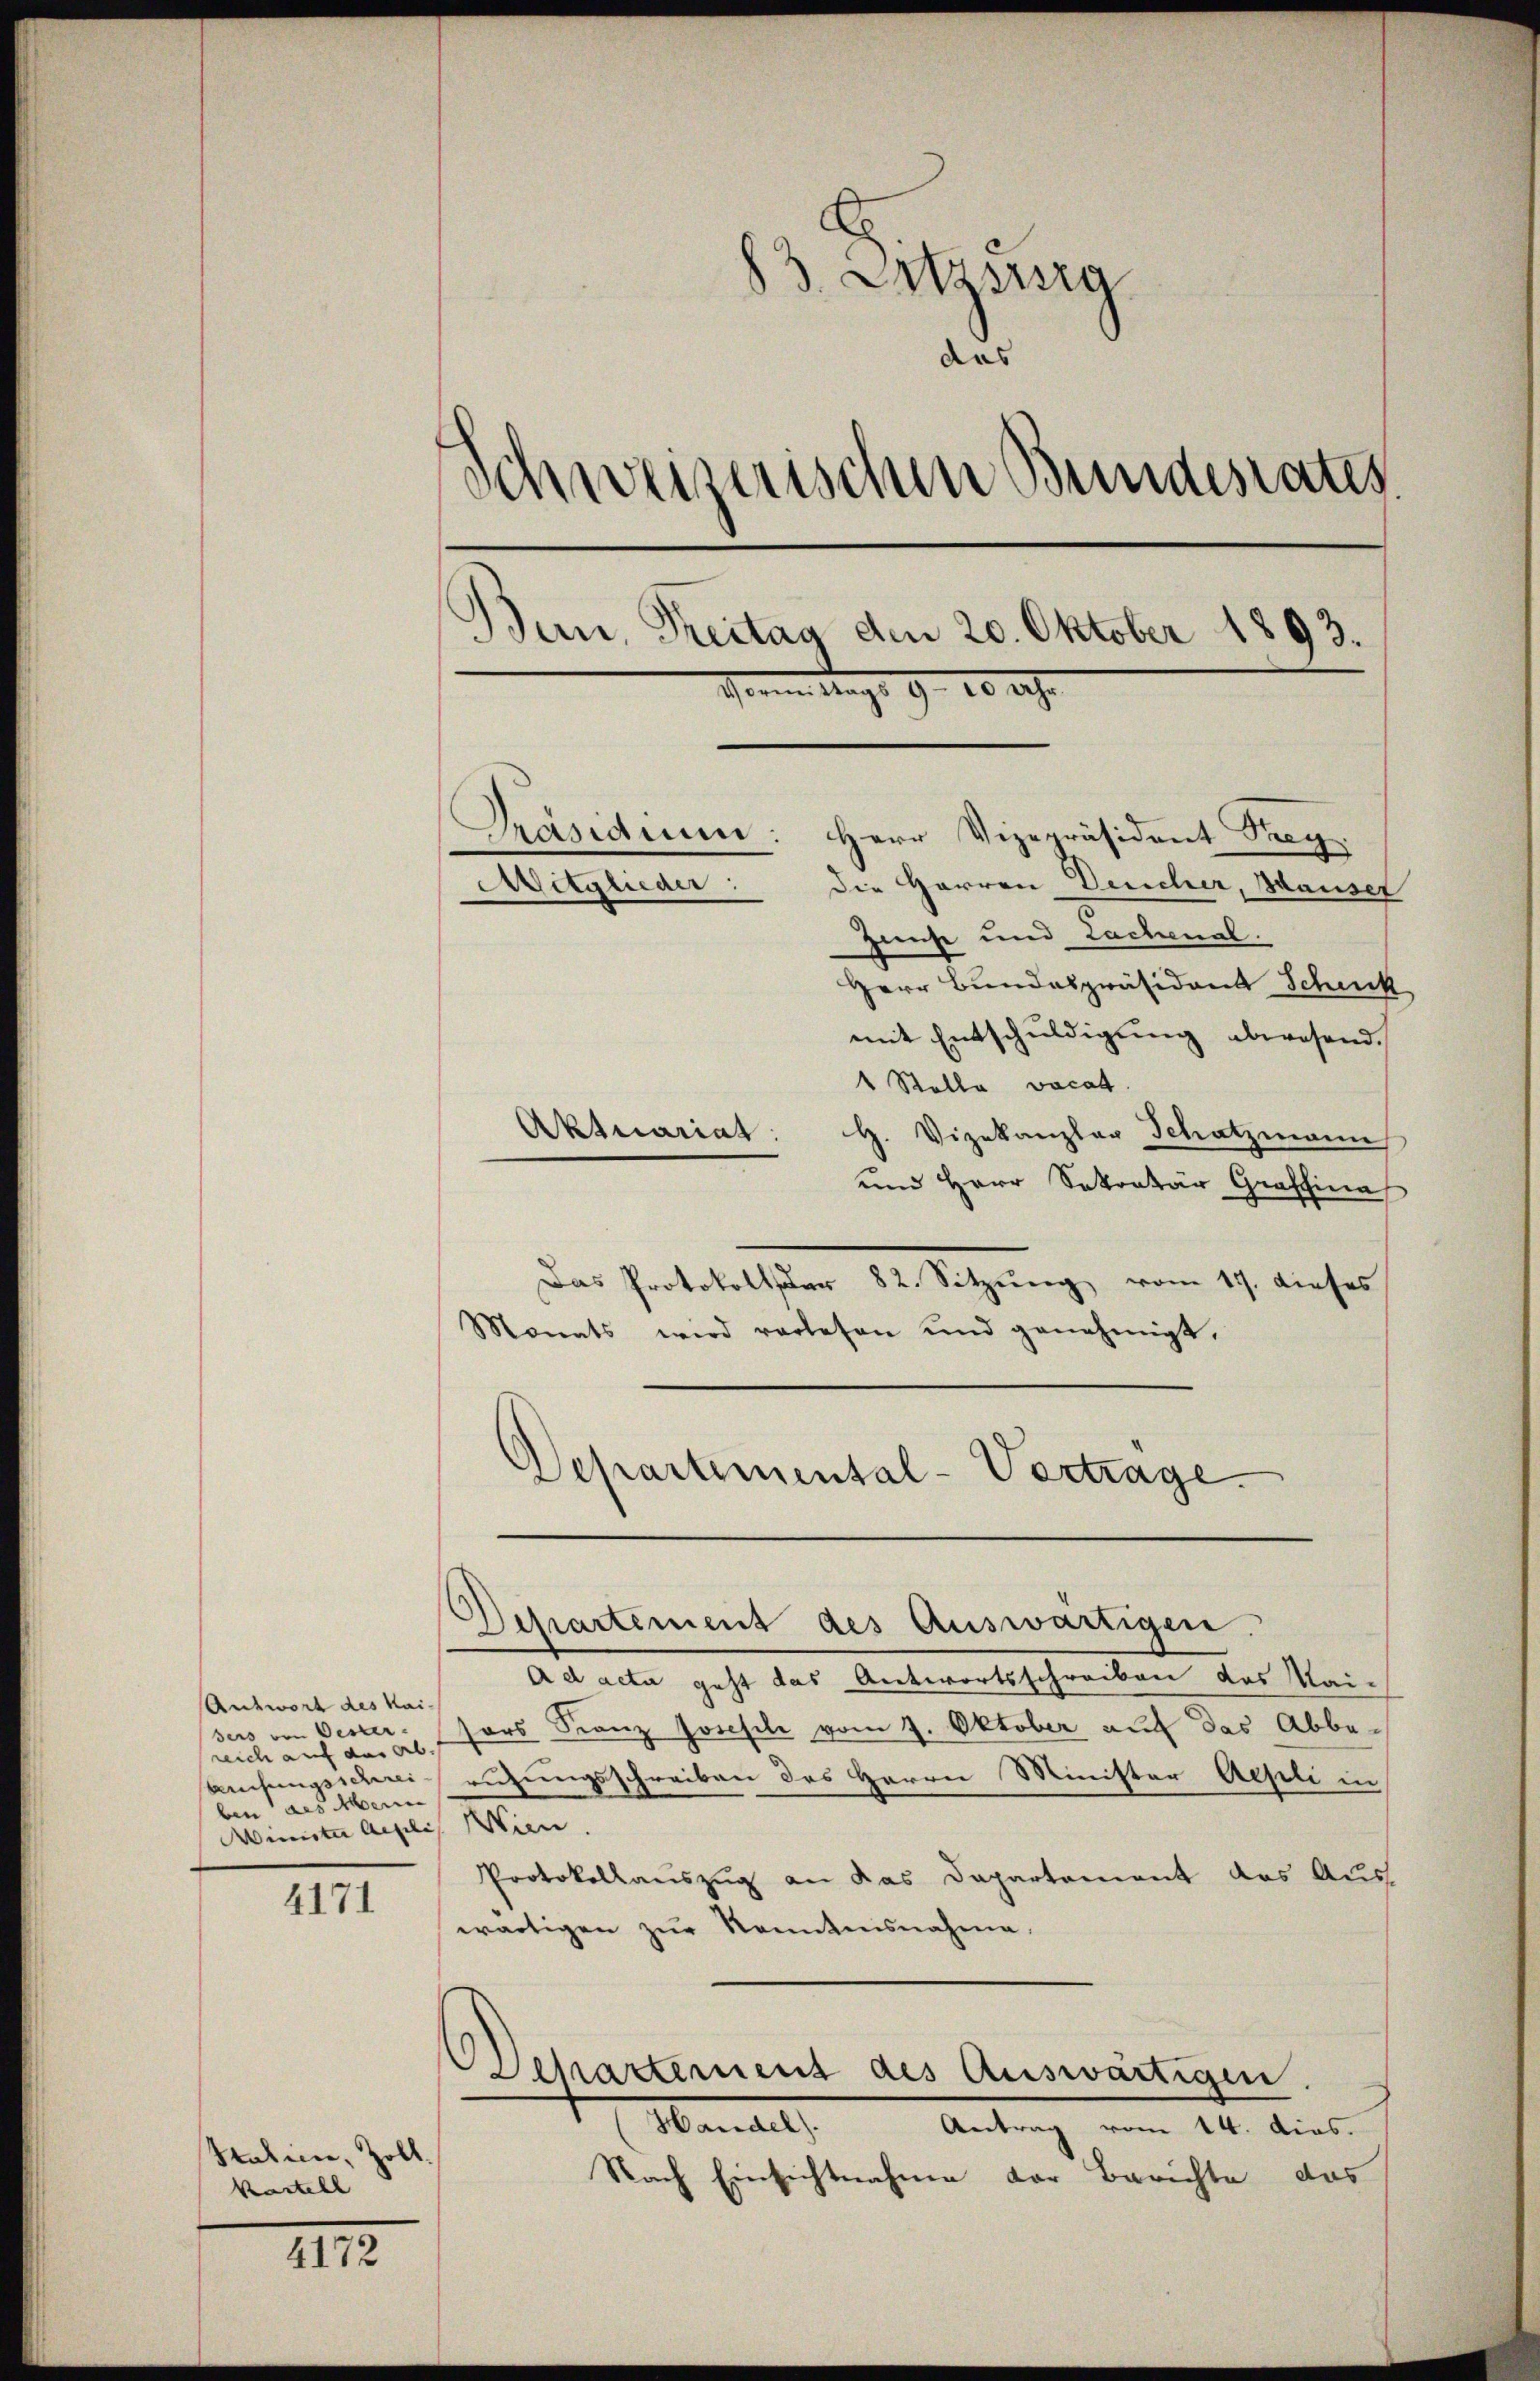
Antwort des Kai-
sers von Oester-
reich auf das ab.
breisungsschrei
ben als Merin
Minister Angelis Wien.

4171

Satine, Zoll
kastell

4172

83. Ausg
das
Schweizerischen Bundesrates.
Bern, Treitag den 20. Oktober 1893.
Vormittags 9. 10 Uhr
Präsidium: Herr Vizepräsident Prey.
Die Herren Deucher, Hauser
Aitglieder
Zinse und Lachenal.

Herr Bundespräsident Schuck
mit Entschuldigung abwesend.
1 Stolle vocat
Aktuariat
H. Vizekanzler Schatzmann
und Herr Sekretär Graffina
Das Protokoller 82. Sitzŭng vom 17. dieses
Monats wird verlesen und genehmigt.
Departement des Auswärtigen.
Ad acta geht das Antwortsschreiben des Mai-
sors Franz Josefile vom 7. Oktober auf das Abbe-
rutzungsschreiben des Herrn Minister Aepli in
Protokollauszug an das Departement das Auswärtigen zŭr Kenntnisnahme.
Departement des Auswärtigen
Handel).
Antrag vom 14. dies.
Nach Einsichtnahme der Berichte das

Departemental-Vertrage